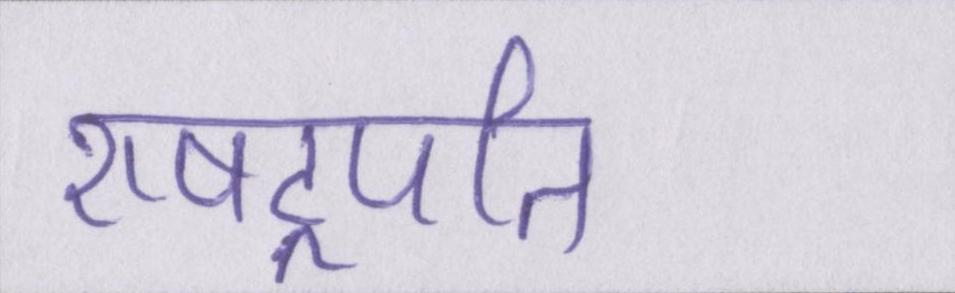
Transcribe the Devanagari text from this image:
राषट्रपति